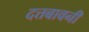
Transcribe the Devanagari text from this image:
दत्तबावनी